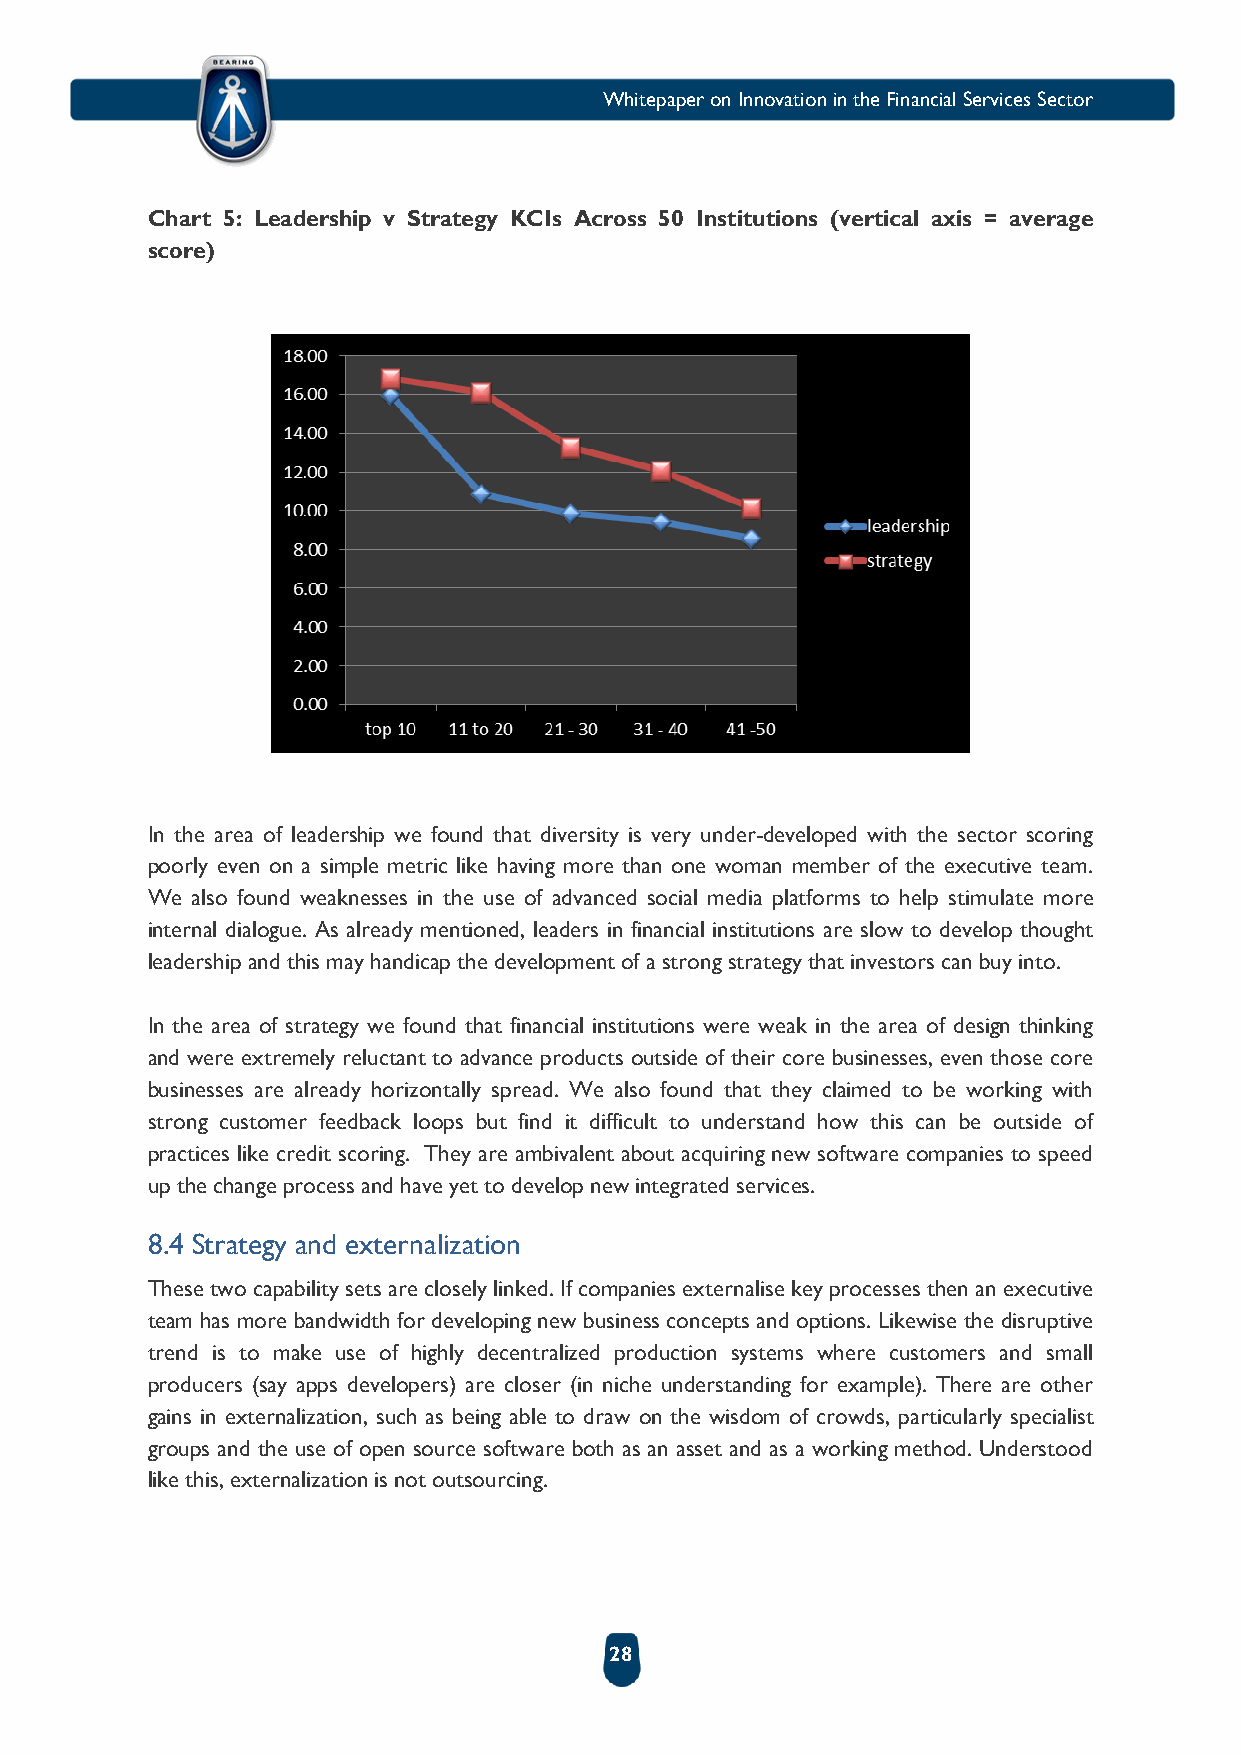
Whitepaper on Innovation in the Financial Services Sector
 Chart 5: Leadership v Strategy KCIs Across 50 Institutions (vertical axis = average
 score)
 In the area of leadership we found that diversity is very under-developed with the sector scoring
 poorly even on a simple metric like having more than one woman member of the executive team.
 We also found weaknesses in the use of advanced social media platforms to help stimulate more
 internal dialogue. As already mentioned, leaders in financial institutions are slow to develop thought
 leadership and this may handicap the development of a strong strategy that investors can buy into.
 In the area of strategy we found that financial institutions were weak in the area of design thinking
 and were extremely reluctant to advance products outside of their core businesses, even those core
 businesses are already horizontally spread. We also found that they claimed to be working with
 strong customer feedback loops but find it difficult to understand how this can be outside of
 practices like credit scoring. They are ambivalent about acquiring new software companies to speed
 up the change process and have yet to develop new integrated services.
 8.4 Strategy and externalization
 These two capability sets are closely linked. If companies externalise key processes then an executive
 team has more bandwidth for developing new business concepts and options. Likewise the disruptive
 trend is to make use of highly decentralized production systems where customers and small
 producers (say apps developers) are closer (in niche understanding for example). There are other
 gains in externalization, such as being able to draw on the wisdom of crowds, particularly specialist
 groups and the use of open source software both as an asset and as a working method. Understood
 like this, externalization is not outsourcing.
 28